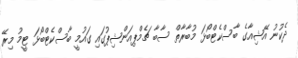
ދެކުނު އޭޝިއާގެ ބާސްކެޓްބޯޅަ މުބާރާތް ސާބާ ޗެމްޕިއަންޝިޕުގައި ގައުމީ ބާސްކެޓްބޯޅަ ޓީމު މިރޭ